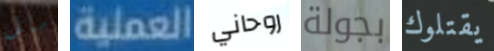
مثل العملية روحاني بجولة يقتلوك